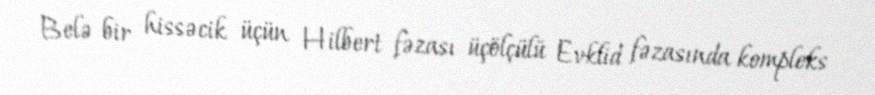
Belə bir hissəcik üçün Hilbert fəzası üçölçülü Evklid fəzasında kompleks